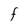
Character: F